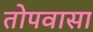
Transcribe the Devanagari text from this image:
तोपवासा